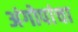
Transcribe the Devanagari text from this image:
अंगोपांचा